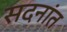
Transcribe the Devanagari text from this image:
सदनांत